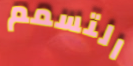
التسمم